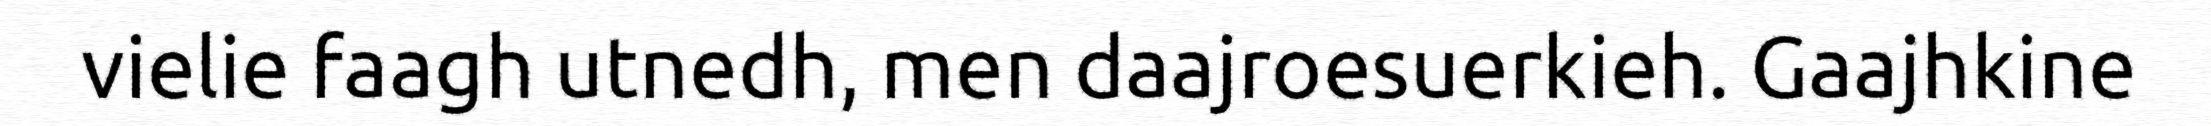
vielie faagh utnedh, men daajroesuerkieh. Gaajhkine